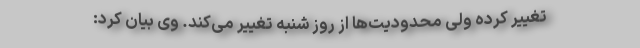
تغییر کرده ولی محدودیت‌ها از روز شنبه تغییر می‌کند. وی بیان کرد: